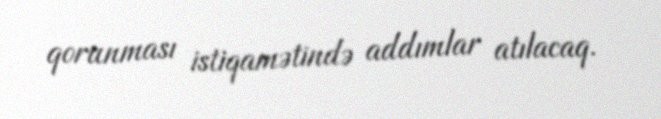
qorunması istiqamətində addımlar atılacaq.